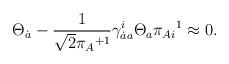
LaTeX: \begin{align*}\Theta_{\dot a}-\frac 1{\sqrt{2}{\pi_A}^{+1}}\gamma^i_{\dot aa}\Theta_a\pi_{Ai}{}^1\approx0.\end{align*}